Leaving Certificate Examination (including Day School Certificate (Higher) General paper), 1931
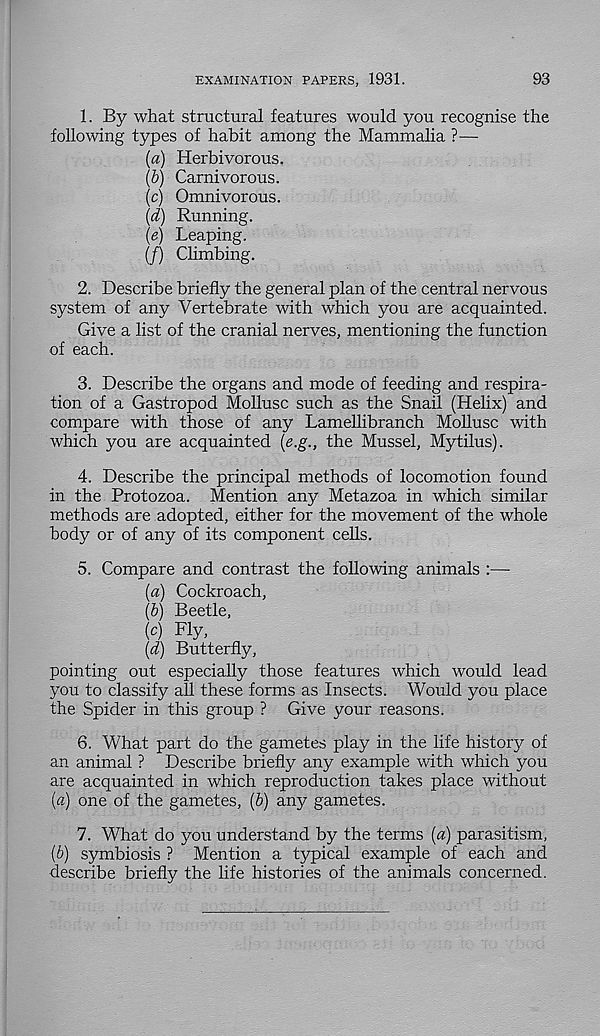
EXAMINATION PAPERS, 1931.
93
1. By what structural features would you recognise the
following types of habit among the Mammalia ?—
{a) Herbivorous.
(b) Carnivorous.
(c) Omnivorous.
(d) Running.
\e) Leaping.
(/) Climbing.
2. Describe briefly the general plan of the central nervous
system of any Vertebrate with which you are acquainted.
Give a list of the cranial nerves, mentioning the function
of each.
3. Describe the organs and mode of feeding and respira-
tion of a Gastropod Mollusc such as the Snail (Helix) and
compare with those of any Lamellibranch Mollusc with
which you are acquainted (e.g., the Mussel, Mytilus).
4. Describe the principal methods of locomotion found
in the Protozoa. Mention any Metazoa in which similar
methods are adopted, either for the movement of the whole
body or of any of its component cells.
5. Compare and contrast the following animals :—
(a) Cockroach,
(&) Beetle,
(c) Fly,
(d) Butterfly,
pointing out especially those features which would lead
you to classify all these forms as Insects. Would you place
the Spider in this group ? Give your reasons.
6. What part do the gametes play in the life history of
an animal ? Describe briefly any example with which you
are acquainted in which reproduction takes place without
(а) one of the gametes, (b) any gametes.
7. What do you understand by the terms {a) parasitism,
(б) symbiosis ? Mention a typical example of each and
describe briefly the life histories of the animals concerned.